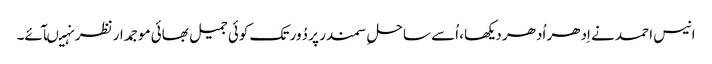
انیس احمد نے اِدھر اُدھر دیکھا، اُسے ساحلِ سمندر پر دُور تک کوئی جمیل بھائی موجمدار نظر نہیںآئے۔